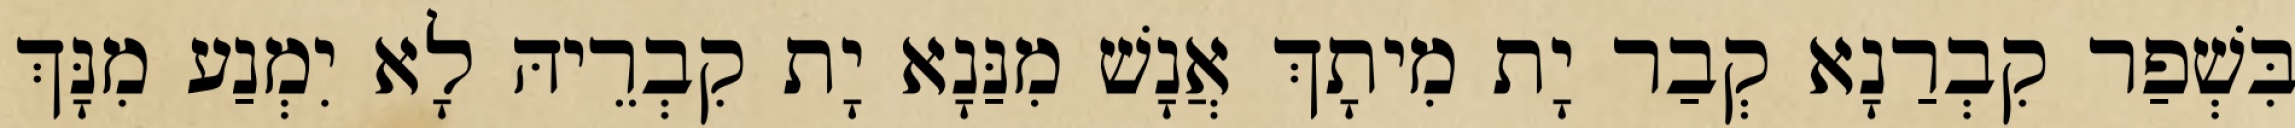
בִּשְׁפַר קִבְרַנָא קְבַר יָת מִיתָךְ אֲנָשׁ מִנַּנָא יָת קִבְרֵיהּ לָא יִמְנַע מִנָּךְ